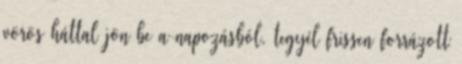
vörös háttal jön be a napozásból, tegyél frissen forrázott